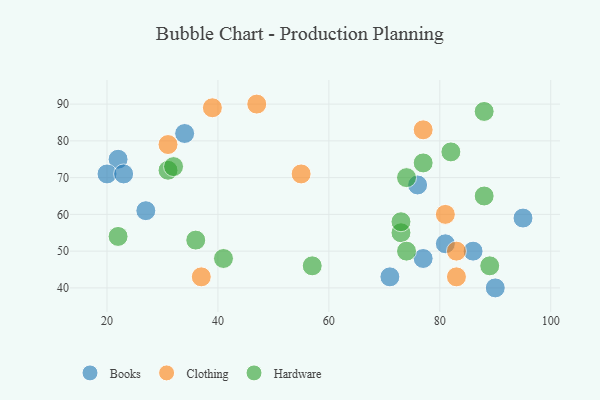
{"axis": {"x": "GDP", "y": "Life Expectancy"}, "legend": ["Books", "Clothing", "Hardware"], "data": [{"x": "95", "y": 59, "type": "Books"}, {"x": "71", "y": 43, "type": "Books"}, {"x": "90", "y": 40, "type": "Books"}, {"x": "27", "y": 61, "type": "Books"}, {"x": "22", "y": 75, "type": "Books"}, {"x": "77", "y": 48, "type": "Books"}, {"x": "81", "y": 52, "type": "Books"}, {"x": "34", "y": 82, "type": "Books"}, {"x": "20", "y": 71, "type": "Books"}, {"x": "76", "y": 68, "type": "Books"}, {"x": "23", "y": 71, "type": "Books"}, {"x": "86", "y": 50, "type": "Books"}, {"x": "81", "y": 60, "type": "Clothing"}, {"x": "55", "y": 71, "type": "Clothing"}, {"x": "37", "y": 43, "type": "Clothing"}, {"x": "39", "y": 89, "type": "Clothing"}, {"x": "31", "y": 79, "type": "Clothing"}, {"x": "77", "y": 83, "type": "Clothing"}, {"x": "47", "y": 90, "type": "Clothing"}, {"x": "83", "y": 50, "type": "Clothing"}, {"x": "83", "y": 43, "type": "Clothing"}, {"x": "88", "y": 88, "type": "Hardware"}, {"x": "73", "y": 55, "type": "Hardware"}, {"x": "73", "y": 58, "type": "Hardware"}, {"x": "82", "y": 77, "type": "Hardware"}, {"x": "88", "y": 65, "type": "Hardware"}, {"x": "74", "y": 50, "type": "Hardware"}, {"x": "77", "y": 74, "type": "Hardware"}, {"x": "22", "y": 54, "type": "Hardware"}, {"x": "31", "y": 72, "type": "Hardware"}, {"x": "57", "y": 46, "type": "Hardware"}, {"x": "89", "y": 46, "type": "Hardware"}, {"x": "32", "y": 73, "type": "Hardware"}, {"x": "74", "y": 70, "type": "Hardware"}, {"x": "41", "y": 48, "type": "Hardware"}, {"x": "36", "y": 53, "type": "Hardware"}]}